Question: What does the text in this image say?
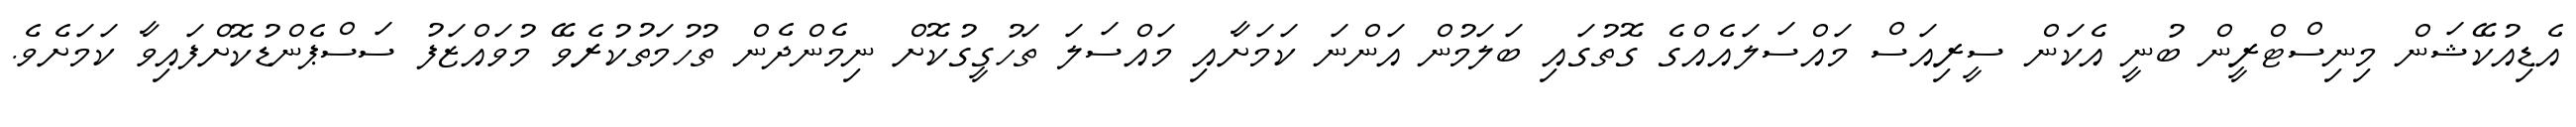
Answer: އެޑިއުކޭޝަން މިނިސްޓްރީން ބުނީ އެކަން ސީރިއަސް މައްސަލައެއްގެ ގޮތުގައި ބަލަމުން އަންނަ ކަމަށާއި މައްސަލަ ތަހުގީގުކޮށް ނިމެންދެން ތުހުމަތުކުރެވޭ މުވައްޒަފު ސަސްޕެންޑުކޮށްފައިވާ ކަމަށެވެ.